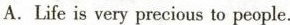
A.Life is very precious to people.